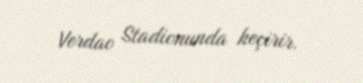
Verdao Stadionunda keçirir.